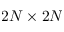
2 N \times 2 N